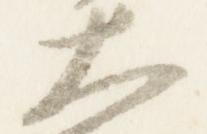
大